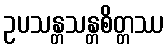
ဥပသန္တသန္တစိတ္တဿ